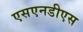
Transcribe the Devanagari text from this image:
एसएनडीएस